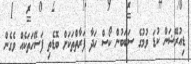
ޑިއުރޭޝަން ކުޑަ ވުމުގެ ސަބަބުން ކޯސް ހަދާ ފަރާތްތަކަށް ބޮޑެތި ފަސޭހަތަކެއް ވެގެން